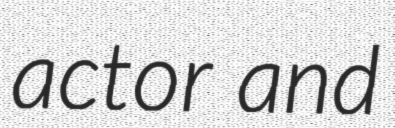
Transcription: actor and